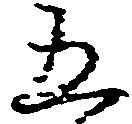
五